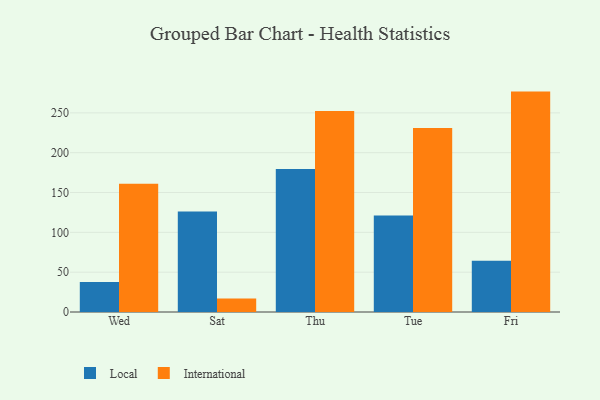
{"axis": {"x": "Day", "y": "Latency (ms)"}, "legend": ["International", "Local"], "data": [{"x": "Wed", "y": 37.8, "type": "Local"}, {"x": "Wed", "y": 161.1, "type": "International"}, {"x": "Sat", "y": 126.3, "type": "Local"}, {"x": "Sat", "y": 16.9, "type": "International"}, {"x": "Thu", "y": 179.6, "type": "Local"}, {"x": "Thu", "y": 252.2, "type": "International"}, {"x": "Tue", "y": 121.3, "type": "Local"}, {"x": "Tue", "y": 231.1, "type": "International"}, {"x": "Fri", "y": 64.4, "type": "Local"}, {"x": "Fri", "y": 276.7, "type": "International"}]}